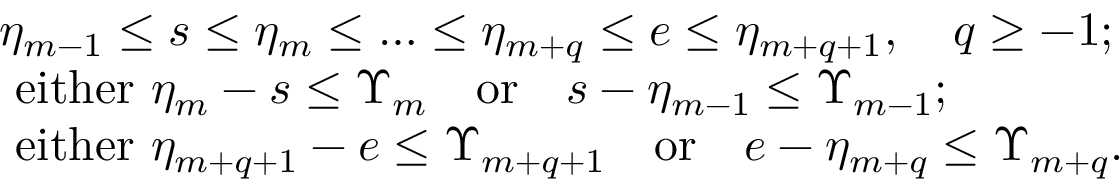
\begin{array} { r l } & { \eta _ { m - 1 } \le s \le \eta _ { m } \le \ldots \le \eta _ { m + q } \le e \le \eta _ { m + q + 1 } , \quad q \ge - 1 ; } \\ & { \mathrm { ~ e i t h e r ~ } \eta _ { m } - s \le \Upsilon _ { m } \quad \mathrm { o r } \quad s - \eta _ { m - 1 } \le \Upsilon _ { m - 1 } ; } \\ & { \mathrm { ~ e i t h e r ~ } \eta _ { m + q + 1 } - e \le \Upsilon _ { m + q + 1 } \quad \mathrm { o r } \quad e - \eta _ { m + q } \le \Upsilon _ { m + q } . } \end{array}